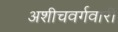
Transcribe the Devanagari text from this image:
अशीचवर्गवारी